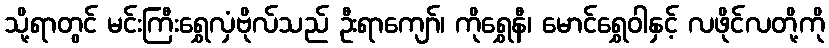
သို့ရာတွင် မင်းကြီးရွှေလှံဗိုလ်သည် ဦးရာကျော်၊ ကိုရွှေနီ၊ မောင်ရွှေဝါနှင့် လဖိုင်လတို့ကို